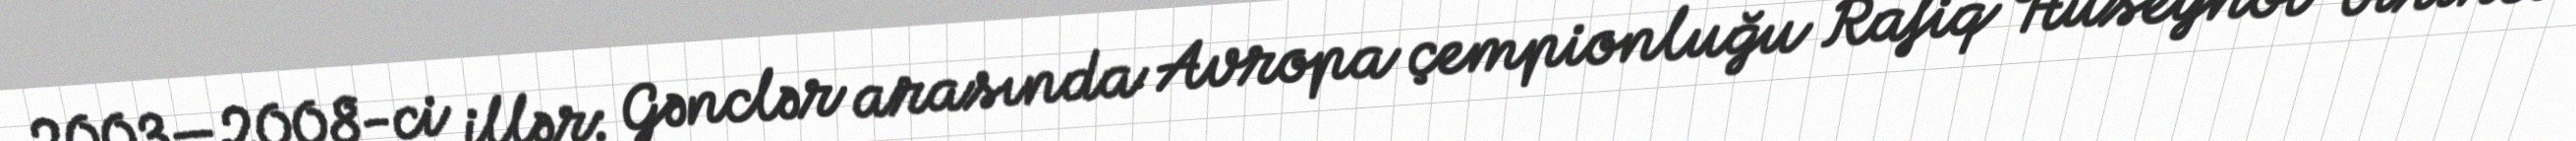
2003—2008-ci illər: Gənclər arasında Avropa çempionluğu Rafiq Hüseynov birinci